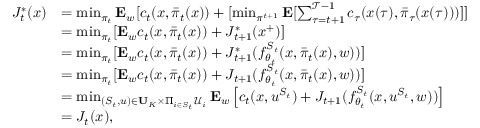
\begin{array} { r l } { J _ { t } ^ { * } ( x ) } & { = \operatorname* { m i n } _ { \pi _ { t } } \mathbf { E } _ { w } [ c _ { t } ( x , \bar { \pi } _ { t } ( x ) ) + [ \operatorname* { m i n } _ { \pi ^ { t + 1 } } \mathbf { E } [ \sum _ { \tau = t + 1 } ^ { \mathcal { T } - 1 } c _ { \tau } ( x ( \tau ) , \bar { \pi } _ { \tau } ( x ( \tau ) ) ) ] ] } \\ & { = \operatorname* { m i n } _ { \pi _ { t } } [ \mathbf { E } _ { w } c _ { t } ( x , \bar { \pi } _ { t } ( x ) ) + J _ { t + 1 } ^ { * } ( x ^ { + } ) ] } \\ & { = \operatorname* { m i n } _ { \pi _ { t } } [ \mathbf { E } _ { w } c _ { t } ( x , \bar { \pi } _ { t } ( x ) ) + J _ { t + 1 } ^ { * } ( f _ { \theta _ { t } } ^ { S _ { t } } ( x , \bar { \pi } _ { t } ( x ) , w ) ) ] } \\ & { = \operatorname* { m i n } _ { \pi _ { t } } [ \mathbf { E } _ { w } c _ { t } ( x , \bar { \pi } _ { t } ( x ) ) + J _ { t + 1 } ( f _ { \theta _ { t } } ^ { S _ { t } } ( x , \bar { \pi } _ { t } ( x ) , w ) ) ] } \\ & { = \operatorname* { m i n } _ { ( S _ { t } , u ) \in \mathbf { U } _ { K } \times \Pi _ { i \in S _ { t } } \mathcal { U } _ { i } } \mathbf { E } _ { w } \left[ c _ { t } ( x , u ^ { S _ { t } } ) + J _ { t + 1 } ( f _ { \theta _ { t } } ^ { S _ { t } } ( x , u ^ { S _ { t } } , w ) ) \right] } \\ & { = J _ { t } ( x ) , } \end{array}